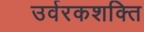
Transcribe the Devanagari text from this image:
उर्वरकशक्ति